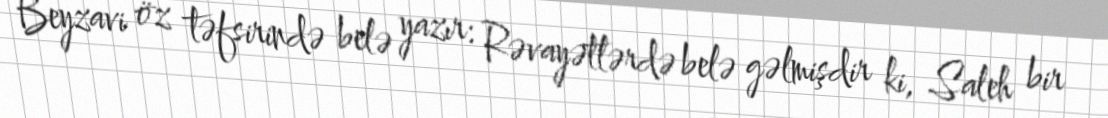
Beyzavi öz təfsirində belə yazır: Rəvayətlərdə belə gəlmişdir ki, Saleh bir